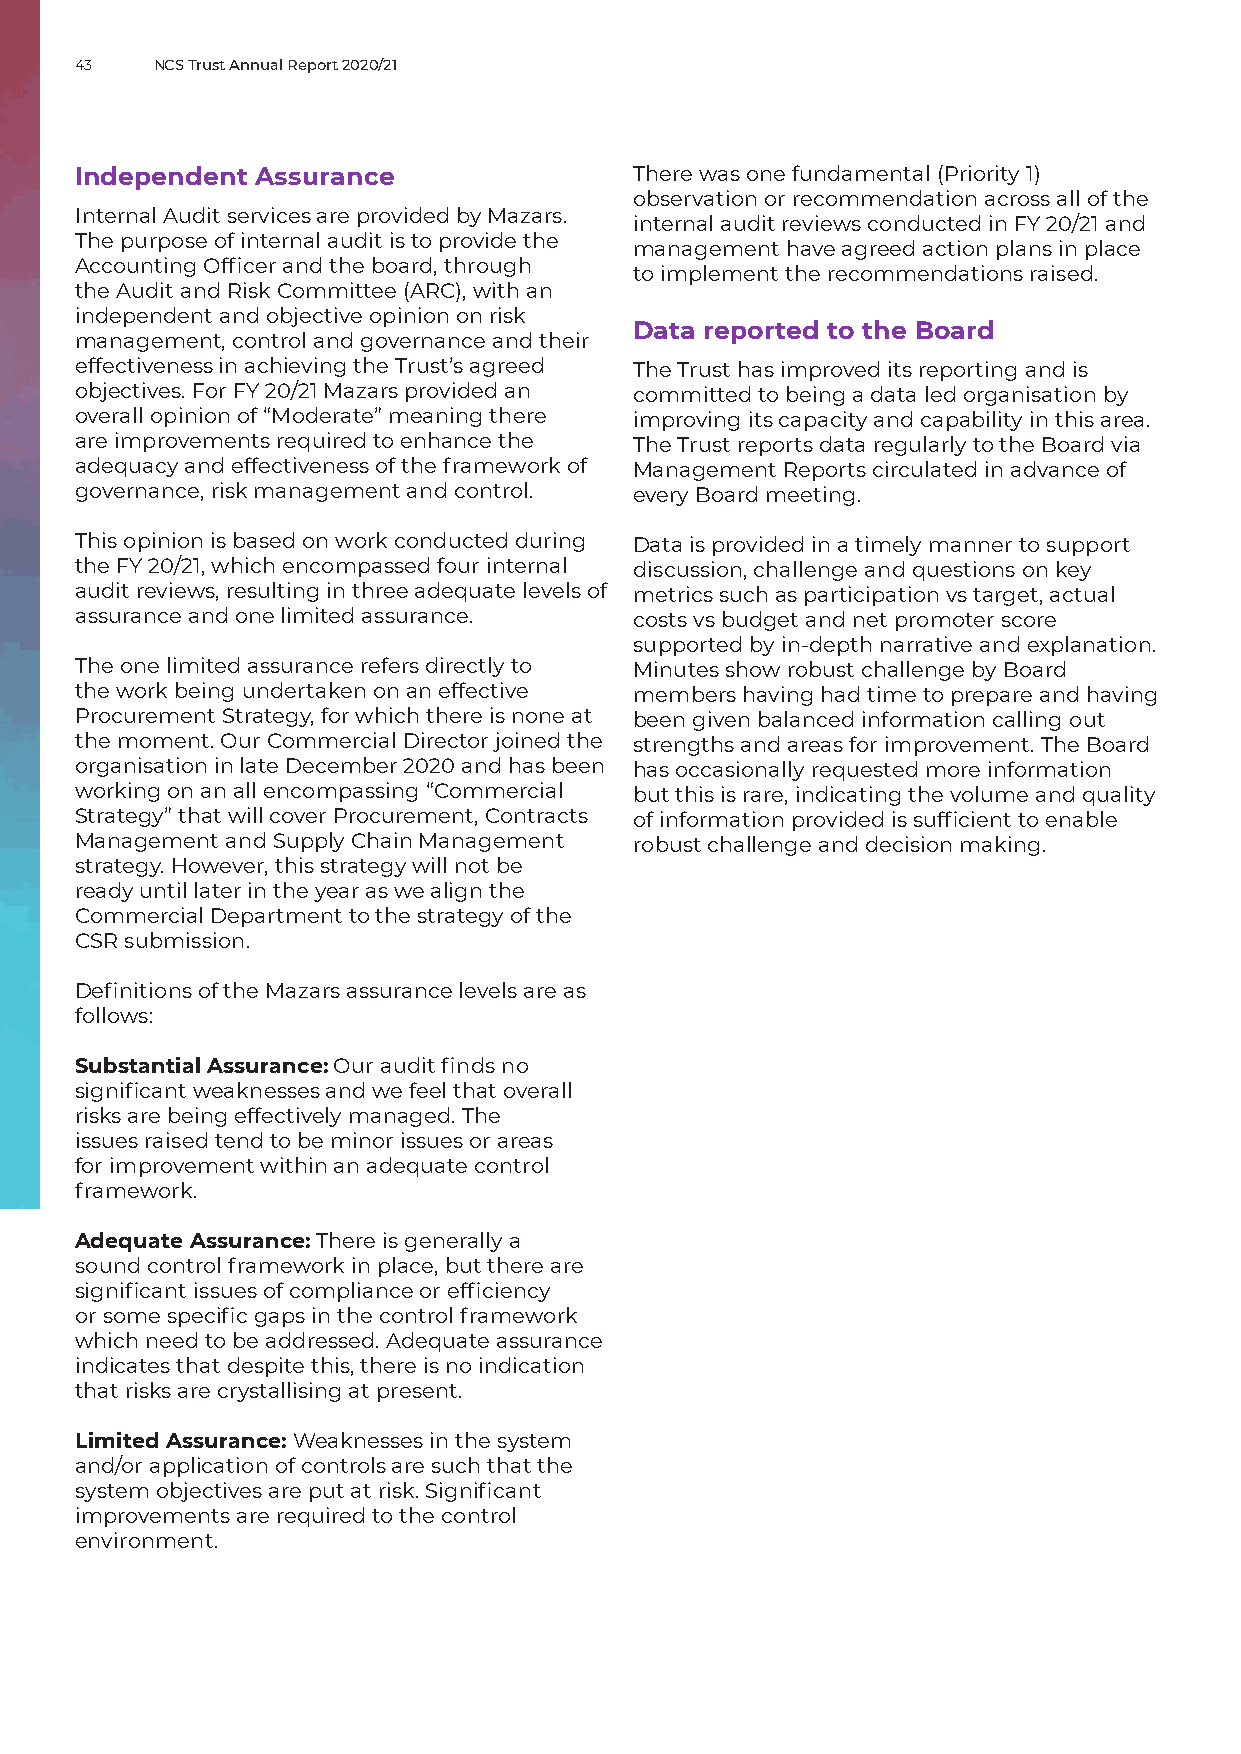
43   NCS Trust Annual Report 2020/21
 Independent Assurance                There was one fundamental (Priority 1)
 observation or recommendation across all of the
 Internal Audit services are provided by Mazars.
 internal audit reviews conducted in FY 20/21 and
 The purpose of internal audit is to provide the
 management have agreed action plans in place
 Accounting Officer and the board, through
 to implement the recommendations raised.
 the Audit and Risk Committee (ARC), with an
 independent and objective opinion on risk
 Data reported to the Board
 management, control and governance and their
 effectiveness in achieving the Trust’s agreed The Trust has improved its reporting and is
 objectives. For FY 20/21 Mazars provided an committed to being a data led organisation by
 overall opinion of “Moderate” meaning there improving its capacity and capability in this area.
 are improvements required to enhance the The Trust reports data regularly to the Board via
 adequacy and effectiveness of the framework of Management Reports circulated in advance of
 governance, risk management and control. every Board meeting.
 This opinion is based on work conducted during Data is provided in a timely manner to support
 the FY 20/21, which encompassed four internal discussion, challenge and questions on key
 audit reviews, resulting in three adequate levels of metrics such as participation vs target, actual
 assurance and one limited assurance. costs vs budget and net promoter score
 supported by in-depth narrative and explanation.
 The one limited assurance refers directly to Minutes show robust challenge by Board
 the work being undertaken on an effective members having had time to prepare and having
 Procurement Strategy, for which there is none at been given balanced information calling out
 the moment. Our Commercial Director joined the strengths and areas for improvement. The Board
 organisation in late December 2020 and has been has occasionally requested more information
 working on an all encompassing “Commercial but this is rare, indicating the volume and quality
 Strategy” that will cover Procurement, Contracts of information provided is sufficient to enable
 Management and Supply Chain Management robust challenge and decision making.
 strategy. However, this strategy will not be
 ready until later in the year as we align the
 Commercial Department to the strategy of the
 CSR submission.
 Definitions of the Mazars assurance levels are as
 follows:
 Substantial Assurance: Our audit finds no
 significant weaknesses and we feel that overall
 risks are being effectively managed. The
 issues raised tend to be minor issues or areas
 for improvement within an adequate control
 framework.
 Adequate Assurance: There is generally a
 sound control framework in place, but there are
 significant issues of compliance or efficiency
 or some specific gaps in the control framework
 which need to be addressed. Adequate assurance
 indicates that despite this, there is no indication
 that risks are crystallising at present.
 Limited Assurance: Weaknesses in the system
 and/or application of controls are such that the
 system objectives are put at risk. Significant
 improvements are required to the control
 environment.